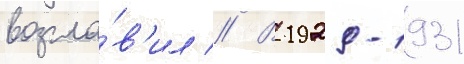
возгла́в'ил // В 1929-1931